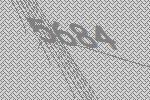
5684